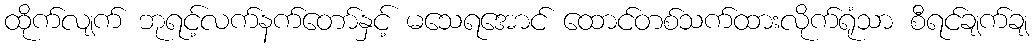
ထိုက်လျက် ဘုရင့်လက်နက်တော်နှင့် မသေရအောင် ထောင်တစ်သက်ထားလိုက်ရုံသာ စီရင်ချက်ချ